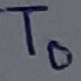
Text: t0